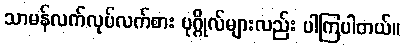
သာမန်လက်လုပ်လက်စား ပုဂ္ဂိုလ်များလည်း ပါကြပါတယ်။